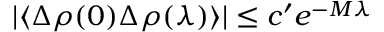
| \langle \Delta \rho ( 0 ) \Delta \rho ( \lambda ) \rangle | \leq c ^ { \prime } e ^ { - M \lambda }